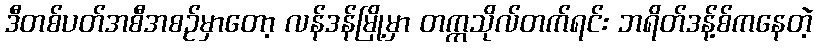
ဒီတစ်ပတ်အစီအစဉ်မှာတော့ လန်ဒန်မြို့မှာ တက္ကသိုလ်တက်ရင်း ဘရိတ်ဒန့်စ်ကနေတဲ့